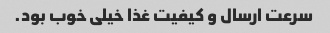
سرعت ارسال و کیفیت غذا خیلی خوب بود.